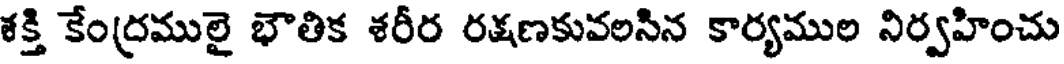
శక్తి కేంద్రములై భౌతిక శరీర రక్షణకువలసిన కార్యముల నిర్వహించు